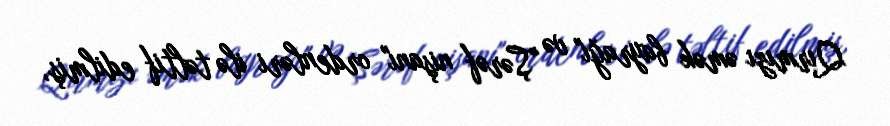
Qırmızı əmək bayrağı" və "Şərəf nişanı" ordenləri ilə təltif edilmiş,